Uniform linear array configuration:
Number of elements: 64
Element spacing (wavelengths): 0.75
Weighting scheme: uniform
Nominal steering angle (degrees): -60
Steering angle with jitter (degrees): -59.803
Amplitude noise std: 0.05
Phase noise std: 0.05

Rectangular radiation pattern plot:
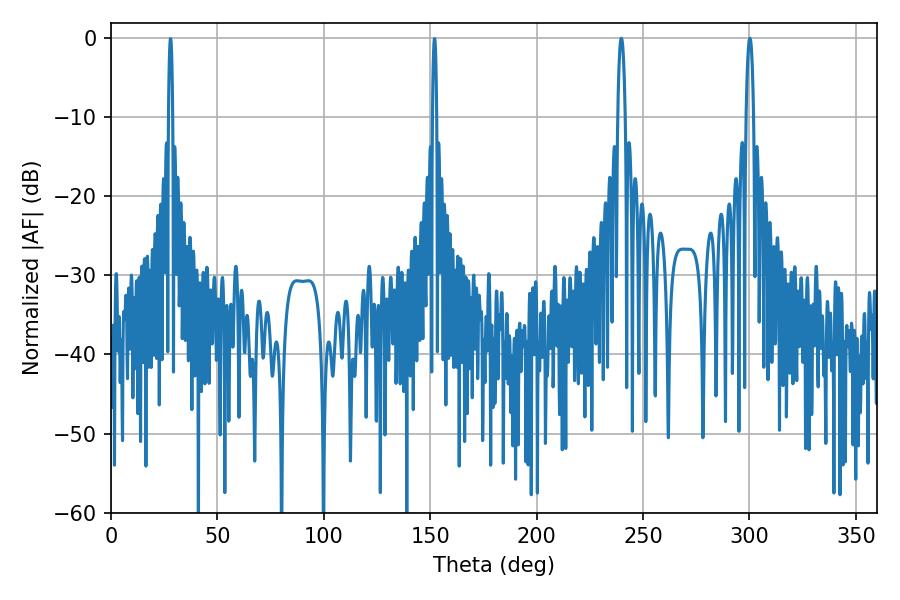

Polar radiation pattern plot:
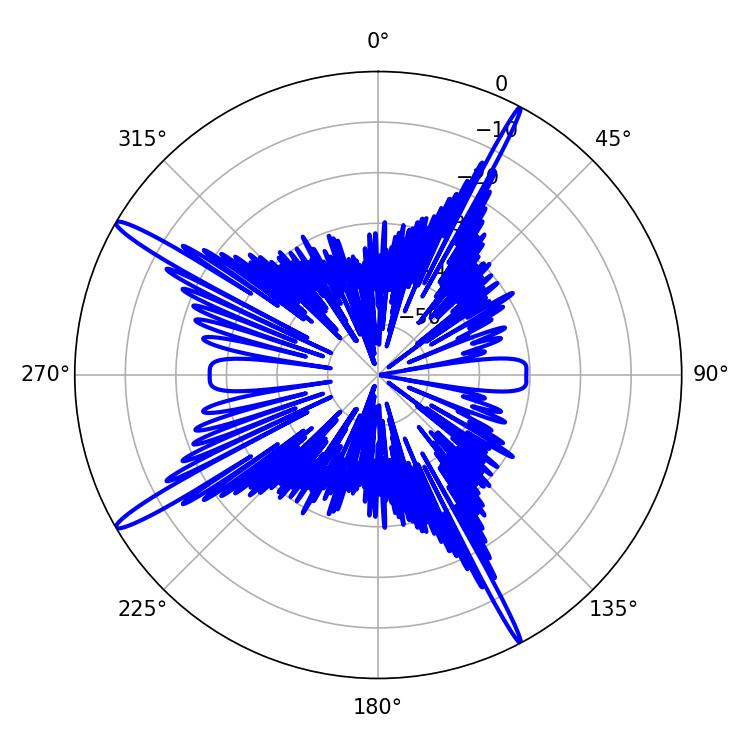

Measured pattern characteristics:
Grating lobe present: TRUE
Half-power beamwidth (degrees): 1.98
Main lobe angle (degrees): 300.24